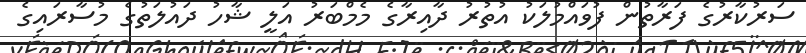
ސަރުކާރުގެ ފަރާތުން ފުވައްމުލަކު އުތުރު ދާއިރާގެ މެމްބަރު އަލީ ޝާހު ދައުލަތުގެ މުސާރައިގެ